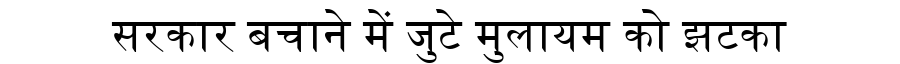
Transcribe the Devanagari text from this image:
सरकार बचाने में जुटे मुलायम को झटका